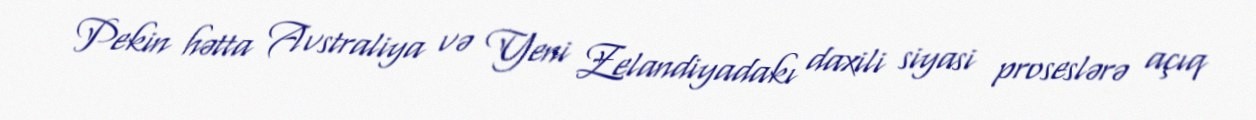
Pekin hətta Avstraliya və Yeni Zelandiyadakı daxili siyasi proseslərə açıq